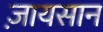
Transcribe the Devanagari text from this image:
ज़ायसान